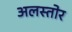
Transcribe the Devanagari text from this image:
अलस्तोर